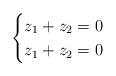
LaTeX: \begin{align*}\begin{cases}z_1 + z_2 = 0\\z_1 + z_2 = 0\end{cases}\end{align*}